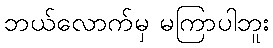
ဘယ်လောက်မှ မကြာပါဘူး